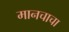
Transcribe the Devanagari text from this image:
मानचाचा